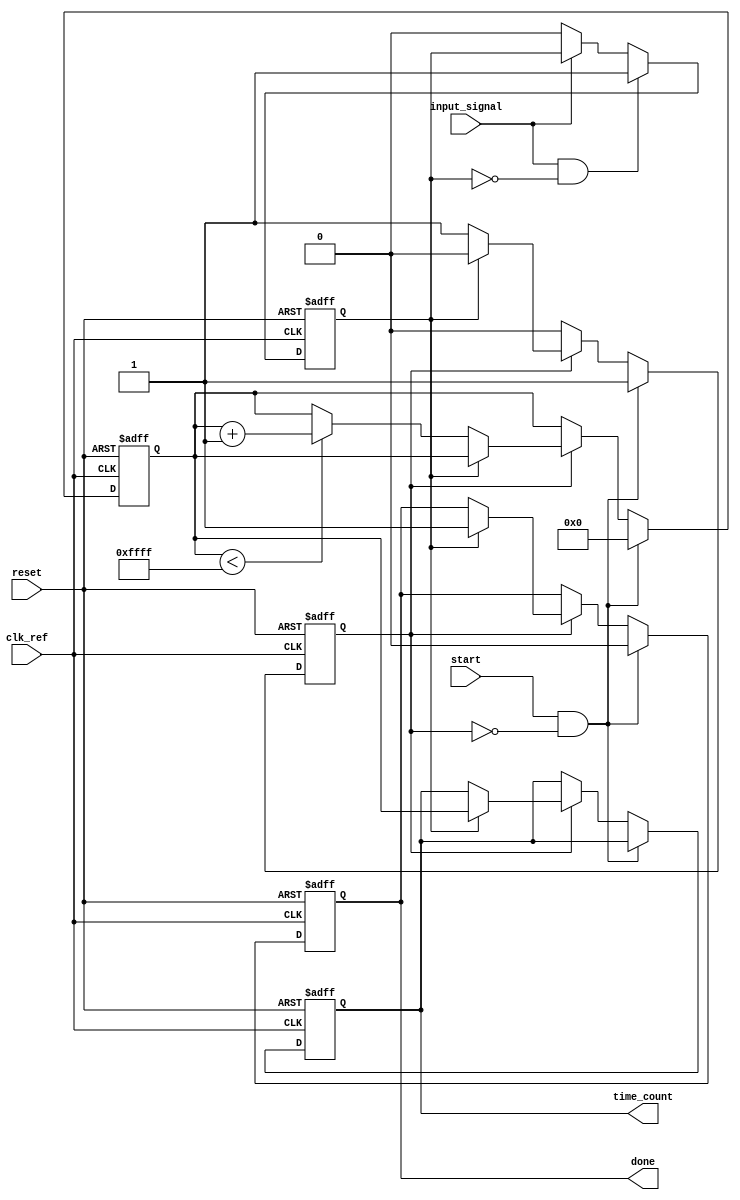
module TDC_PLL (
    input wire clk_ref,          // Reference clock
    input wire input_signal,     // Input signal to measure time interval
    input wire start,            // Start signal for measurement
    input wire reset,            // Reset signal
    output reg [15:0] time_count, // Digital output for time interval
    output reg done              // Measurement done signal
);

// PLL parameters
parameter VCO_FREQUENCY = 100; // Example VCO frequency multiplier
parameter COUNTER_MAX = 65535;  // Max value for 16-bit counter

// Internal signals
reg [15:0] counter;             // Counter for clock cycles
reg edge_detected;              // Edge detection flag
reg measuring;                  // Measuring state

// Edge Detector
always @(posedge clk_ref or posedge reset) begin
    if (reset) begin
        edge_detected <= 1'b0;
    end else if (input_signal && !edge_detected) begin
        edge_detected <= 1'b1; // Rising edge detected
    end else if (!input_signal) begin
        edge_detected <= 1'b0; // Reset edge detection
    end
end

// Main Measurement Logic
always @(posedge clk_ref or posedge reset) begin
    if (reset) begin
        counter <= 16'b0;
        time_count <= 16'b0;
        done <= 1'b0;
        measuring <= 1'b0;
    end else if (start && !measuring) begin
        measuring <= 1'b1;       // Start measuring
        counter <= 16'b0;        // Reset counter
        done <= 1'b0;            // Clear done flag
    end else if (measuring) begin
        if (edge_detected) begin
            measuring <= 1'b0;   // Stop measuring on second edge
            time_count <= counter; // Store the count value
            done <= 1'b1;        // Indicate measurement is done
        end else if (counter < COUNTER_MAX) begin
            counter <= counter + 1; // Increment counter
        end
    end
end

// PLL Simulation (placeholder)
// The actual PLL implementation would require more complex logic
// This is a placeholder to indicate where PLL control would occur
// In a real design, the PLL would adjust the clock frequency based on feedback

endmodule